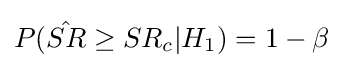
P({\hat {SR}}\geq SR_{c}|H_{1})=1-\beta